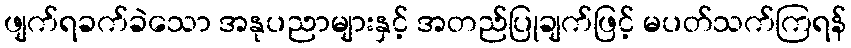
ဖျက်ရခက်ခဲသော အနုပညာများနှင့် အတည်ပြုချက်ဖြင့် မပတ်သက်ကြရန်